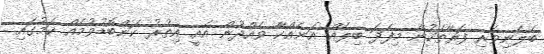
ބެލެނިވެރި ފަރާތަކުން މިފަދަ ބިލެއް އަނެއްކާ ވެއްދުން އެއީ އިތުރު ކަންބޮޑުވުމެއް ކަމުގައި